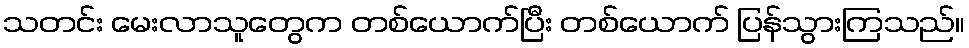
သတင်း မေးလာသူတွေက တစ်ယောက်ပြီး တစ်ယောက် ပြန်သွားကြသည်။